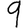
Digit: 9